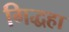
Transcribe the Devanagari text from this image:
गिद्धहा